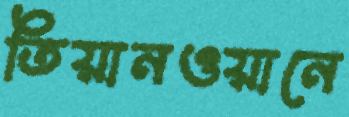
তিয়ানওয়ানে